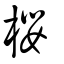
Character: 櫻